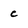
Character: C